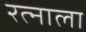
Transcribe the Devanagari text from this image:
रत्‍नाला